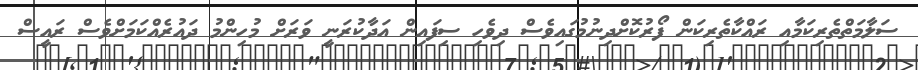
ސަލާމަތްތެރިކަމާއި ރައްކާތެރިކަން ފޯރުކޮށްދިނުމުގައިވެސް ދިވެހި ސިފައިން އަދާކުރަނީ ވަރަށް މުހިންމު ދައުރެއްކަމަށްވެސް ރައީސް